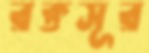
রক্তসূর